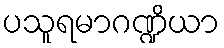
ပသူရမာဂဏ္ဍိယာ